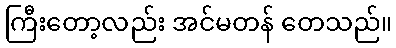
ကြီးတော့လည်း အင်မတန် တေသည်။